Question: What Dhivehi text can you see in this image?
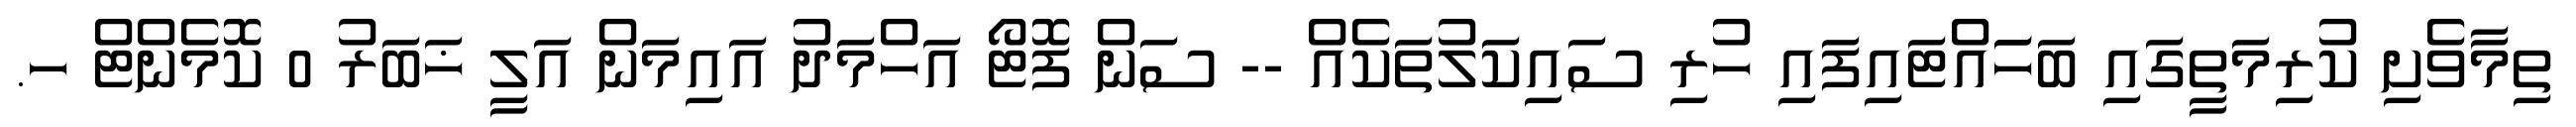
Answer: ތިމާވެށި ކުރިމަތީގައި ބަހަައްޓައިފައި ހުރި ސައިކަލުތަކެއް -- ސަން ފޮޓޯ އަހްމަދު އައިމަން އަލީ ޚަބަރު 0 ކޮމެންޓް ހ.